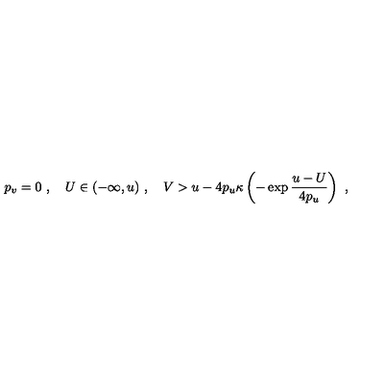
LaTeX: p _ { v } = 0 \ , \quad U \in ( - \infty , u ) \ , \quad V > u - 4 p _ { u } \kappa \left( - \exp \frac { u - U } { 4 p _ { u } } \right) \ ,